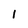
Character: l